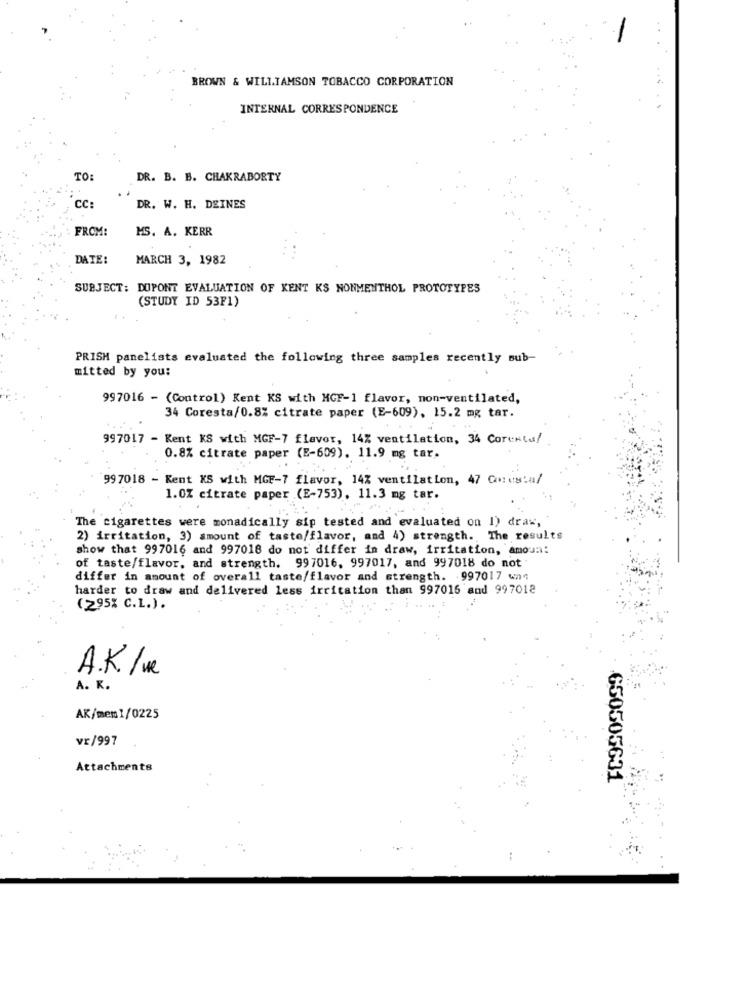
BROWN & WILLIAMSON TOBACCO CORPORATION
INTERNAL CORRESPONDENCE
TO:
DR. B. B. CHAKRABORTY
CC:
DR. W. H. DEINES
FROM:
MS. A. KERR
DATE:
MARCH 3, 1982
SUBJECT: DUPONT EVALUATION OF KENT KS NONMENTHOL PROTOTYPES
(STUDY ID 53F1)
PRISH panelists evaluated the following three samples recently sub-
mitted by you:
997016 - (Control) Kent KS with MGF-1 flavor, non-ventilated,
34 Coresta/0.8% citrate paper (E-609), 15.2 mg tar.
997017 - Kent KS with MGF-7 flavor, 14% ventilation, 34 Corestu!
0.8% citrate paper (E-609). 11.9 mg tar.
99 7018 - Kent KS with MGF-7 flavor, 14% ventilation, 47 Cores:a/
1.0% citrate paper (E-753), 11.3 mg tar.
The cigarettes were monadically sip tested and evaluated on 1) draw,
2) irritation, 3) amount of taste/flavor, and 4) strength. The results
show that 997016 and 997018 do not differ in draw, irritation, amoun:
of taste/flavor, and strength. 997016, 997017, and 997018 do not
differ in amount of overall taste/flavor and strength. 997017 was
harder to draw and delivered less irritation than 997016 and 997018
(295% C.L.) .
A.K./we
A. K.
AK/mem1/0225
vr/997
Attachments
650505631